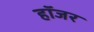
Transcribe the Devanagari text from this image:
हॉजर